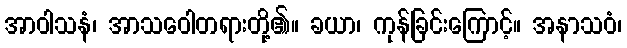
အာဝါသနံ၊ အာသဝေါတရားတို့၏။ ခယာ၊ ကုန်ခြင်းကြောင့်။ အနာသဝံ၊